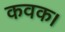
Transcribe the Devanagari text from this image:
कवक।